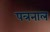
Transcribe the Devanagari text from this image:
पत्रनाल